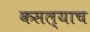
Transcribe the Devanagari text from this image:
कसल्याच